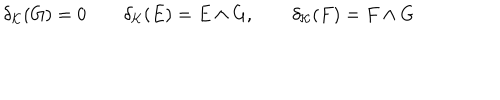
\delta _ { { \mathcal K } } ( G ) = 0 \qquad \delta _ { { \mathcal K } } ( E ) = E \wedge G , \qquad \delta _ { { \mathcal K } } ( F ) = F \wedge G